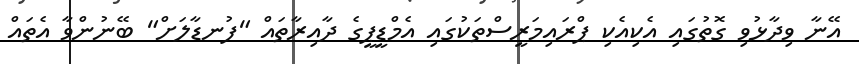
އޭނާ ވިދާޅުވި ގޮތުގައި އެކިއެކި ޕްރައިމަރީސްތަކުގައި އެމްޑީޕީގެ ދާއިރާތައް "ފުނޑާލަށް" ބޭނުންވާ އެތައް